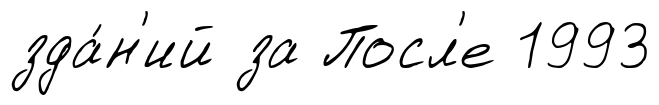
зда́н'ий за Посл'е 1993